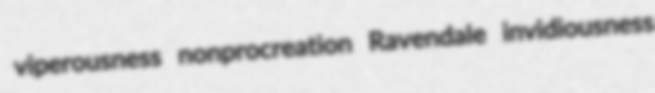
viperousness nonprocreation Ravendale invidiousness